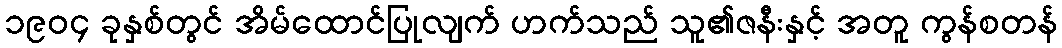
၁၉၀၄ ခုနှစ်တွင် အိမ်ထောင်ပြုလျက် ဟက်သည် သူ၏ဇနီးနှင့် အတူ ကွန်စတန်